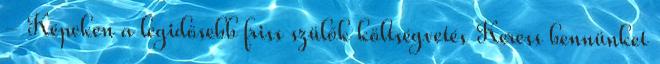
- Képeken a legidősebb friss szülők költségvetés Keress bennünket